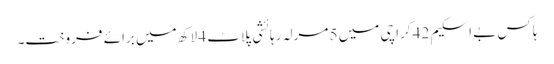
ہاکس بے اسکیم 42 کراچی میں 5 مرلہ رہائشی پلاٹ 4 لاکھ میں برائے فروخت۔